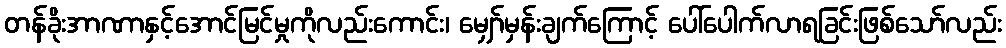
တန်ခိုးအာဏာနှင့်အောင်မြင်မှုကိုလည်းကောင်း၊ မျှော်မှန်းချက်ကြောင့် ပေါ်ပေါက်လာရခြင်းဖြစ်သော်လည်း